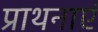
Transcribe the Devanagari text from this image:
प्राथनाएं